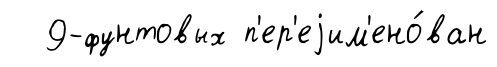
9-фунтовых п'ер'еjим'ено́ван